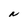
Character: N